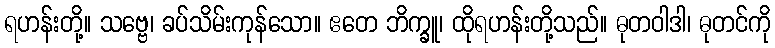
ရဟန်းတို့။ သဗ္ဗေ၊ ခပ်သိမ်းကုန်သော။ ဧတေ ဘိက္ခူ၊ ထိုရဟန်းတို့သည်။ ဓုတဝါဒါ၊ ဓုတင်ကို